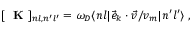
[ \mathrm { ~ \bf ~ K ~ } ] _ { n l , n ^ { \prime } l ^ { \prime } } = \omega _ { D } \langle n l | \vec { e } _ { k } \cdot \vec { v } / v _ { m } | n ^ { \prime } l ^ { \prime } \rangle \; ,